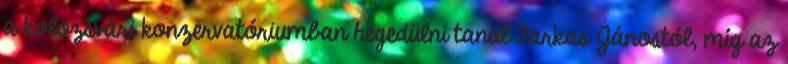
a kolozsvári konzervatóriumban hegedülni tanul Farkas Jánostól, míg az